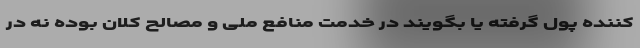
کننده پول گرفته یا بگویند در خدمت منافع ملی و مصالح کلان بوده نه در